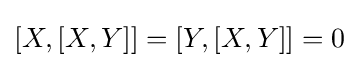
[X,[X,Y]]=[Y,[X,Y]]=0